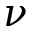
\nu